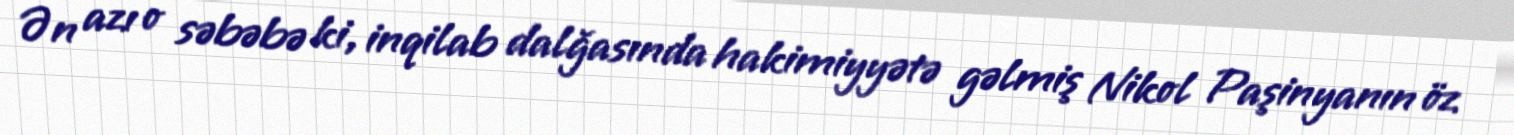
Ən azı o səbəbə ki, inqilab dalğasında hakimiyyətə gəlmiş Nikol Paşinyanın öz